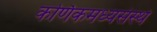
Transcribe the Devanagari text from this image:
कर्णिकमध्यसंस्थे